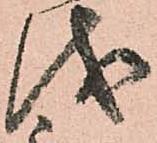
儀